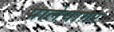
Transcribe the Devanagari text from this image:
पालेयागर